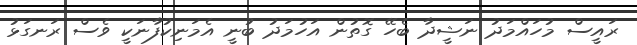
ރައީސް މުހައްމަދު ނަޝީދާ ބެހޭ ގޮތުން އަހުމަދު ބުނީ އެމަނިކުފާނަކީ ވެސް ރަނގަޅު